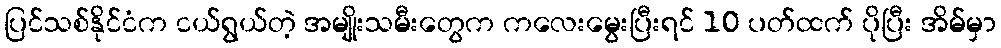
ပြင်သစ်နိုင်ငံက ငယ်ရွယ်တဲ့ အမျိုးသမီးတွေက ကလေးမွေးပြီးရင် 10 ပတ်ထက် ပိုပြီး အိမ်မှာ